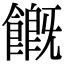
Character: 𩞊